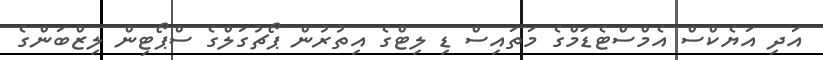
އަދި އަޔެކްސް އެމްސްޓެޑަމްގެ މަތައިސް ޑި ލިޓްގެ އިތުރުން ޕޯޗުގަލްގެ ސްޕޯޓިން ލިޒްބަންގެ